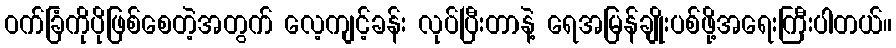
ဝက်ခြံကိုပိုဖြစ်စေတဲ့အတွက် လေ့ကျင့်ခန်း လုပ်ပြီးတာနဲ့ ရေအမြန်ချိုးပစ်ဖို့အရေးကြီးပါတယ်။